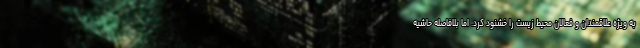
به ویژه علاقمندان و فعالان محیط زیست را خشنود کرد. اما بلافاصله حاشیه